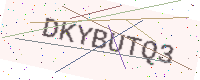
Text: DKYBUTQ3